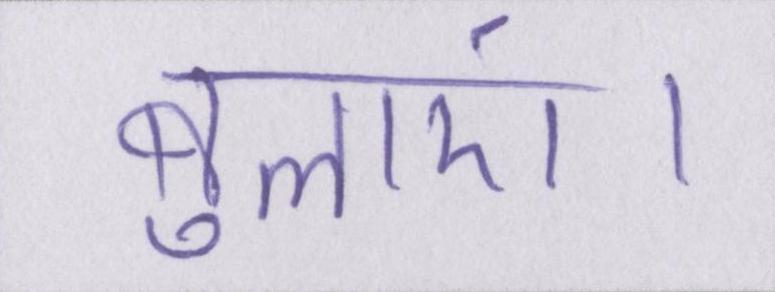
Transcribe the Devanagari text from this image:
बुलाएं।